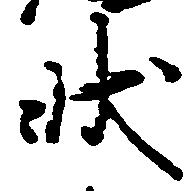
状